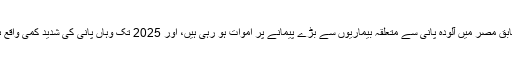
اقوامِ متحدہ کے مطابق مصر میں آلودہ پانی سے متعلقہ بیماریوں سے بڑے پیمانے پر اموات ہو رہی ہیں، اور 2025 تک وہاں پانی کی شدید کمی واقع ہونے کا خدشہ ہے۔